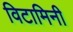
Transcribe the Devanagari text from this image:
विटामिनी